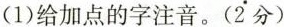
（1）给加点的字注音。（2分）